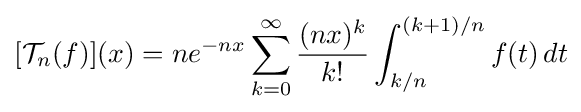
[{\mathcal {T}}_{n}(f)](x)=ne^{-nx}\sum _{k=0}^{\infty }{{\frac {(nx)^{k}}{k!}}\int _{k/n}^{(k+1)/n}f(t)\,dt}